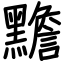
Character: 黵